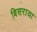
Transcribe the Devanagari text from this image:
बिसराया